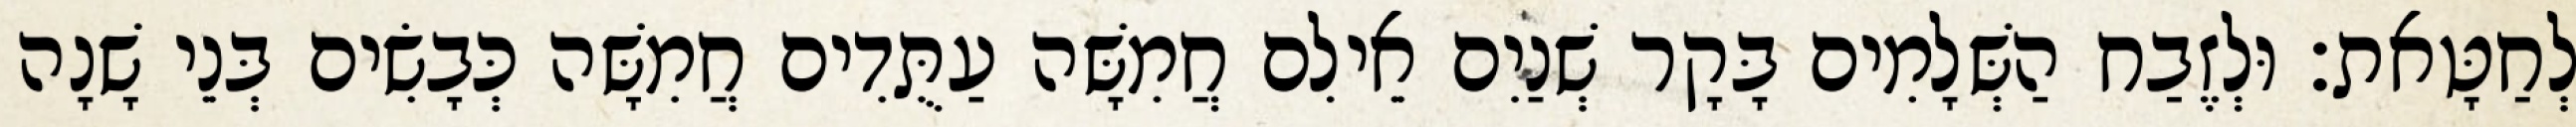
לְחַטָּאת׃ וּלְזֶבַח הַשְּׁלָמִים בָּקָר שְׁנַיִם אֵילִם חֲמִשָּׁה עַתֻּדִים חֲמִשָּׁה כְּבָשִׂים בְּנֵי שָׁנָה